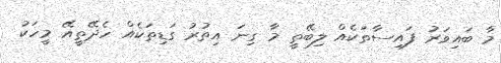
މާ ބައިވަރު ފައިސާތަކެއް ލިބޭތީ މާ ގިނަ އިތުރު ގަޑިތަކެއް ހެދޭތީއޭ މީހަކު